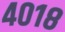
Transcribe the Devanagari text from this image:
४०१८